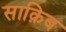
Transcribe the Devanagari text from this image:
साक़िब